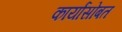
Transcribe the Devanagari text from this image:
कार्यांसोबत